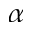
\alpha